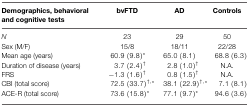
<table><thead><tr><td><b>Demographics, behavioral and cognitive tests</b></td><td><b>bvFTD</b></td><td><b>AD</b></td><td><b>Controls</b></td></tr></thead><tbody><tr><td><i>N</i></td><td>23</td><td>29</td><td>50</td></tr><tr><td>Sex (M/F)</td><td>15/8</td><td>18/11</td><td>22/28</td></tr><tr><td>Mean age (years)</td><td>60.9 (9.8)*</td><td>65.0 (8.1)</td><td>68.8 (6.3)</td></tr><tr><td>Duration of disease (years)</td><td>3.7 (2.4)<sup>†</sup></td><td>2.8 (1.0)<sup>†</sup></td><td>N.A.</td></tr><tr><td>FRS</td><td>−1.3 (1.6)<sup>†</sup></td><td>0.8 (1.5)<sup>†</sup></td><td>N.A.</td></tr><tr><td>CBI (total score)</td><td>72.5 (33.7)<sup>†</sup><sup>,</sup>*</td><td>38.1 (22.9)<sup>†</sup><sup>,</sup>*</td><td>7.1 (8.1)</td></tr><tr><td>ACE-R (total score)</td><td>73.6 (15.8)*</td><td>77.1 (9.7)*</td><td>94.6 (3.6)</td></tr></tbody></table>